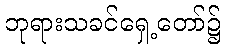
ဘုရားသခင်ရှေ့တော်၌